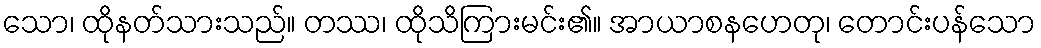
သော၊ ထိုနတ်သားသည်။ တဿ၊ ထိုသိကြားမင်း၏။ အာယာစနဟေတု၊ တောင်းပန်သော